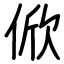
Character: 俽